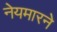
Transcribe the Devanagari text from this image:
नेयमारने